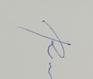
Signature authenticity: genuine